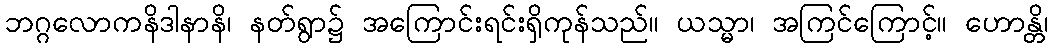
ဘဂ္ဂလောကနိဒါနာနိ၊ နတ်ရွာ၌ အကြောင်းရင်းရှိကုန်သည်။ ယသ္မာ၊ အကြင်ကြောင့်။ ဟောန္တိ၊